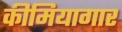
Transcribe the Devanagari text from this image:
कीमियागार